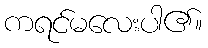
ကရင်မလေးပါ၏။